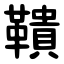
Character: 鞼